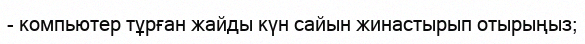
- компьютер тұрған жайды күн сайын жинастырып отырыңыз;